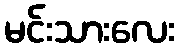
မင်းသားလေး